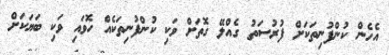
އެހެން ކުންފުނިތަކަށް ފުރުސަތު ގެއްލޭ ގޮތަށް ވަކި ކުންފުނިތަކެއް ހޮވައި ވަކި ބަޔަކަށް